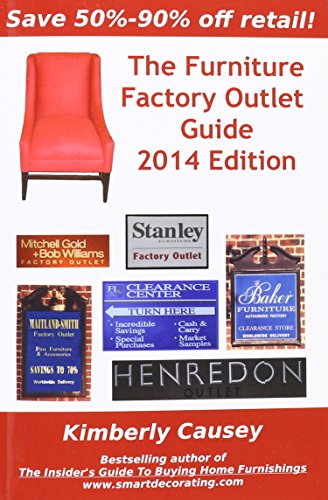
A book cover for The Furniture Factory Outlet Guide, 2014 Edition; Kimberly Causey; Crafts, Hobbies & Home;